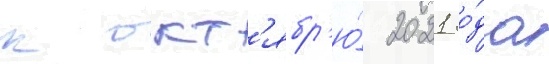
к окт'ябр'ю́ 2021 го́да